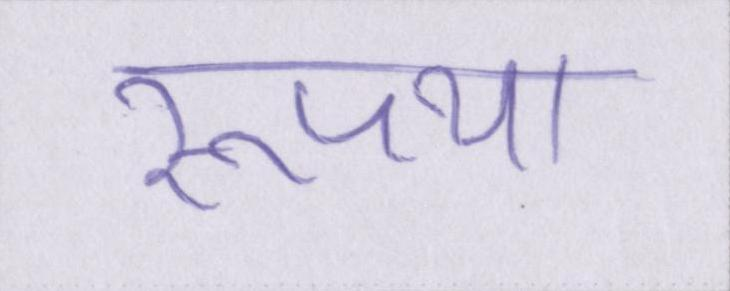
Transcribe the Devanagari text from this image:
रूपया